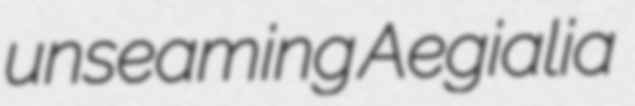
unseaming Aegialia